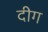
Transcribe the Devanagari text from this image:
दीग